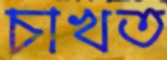
চাখত